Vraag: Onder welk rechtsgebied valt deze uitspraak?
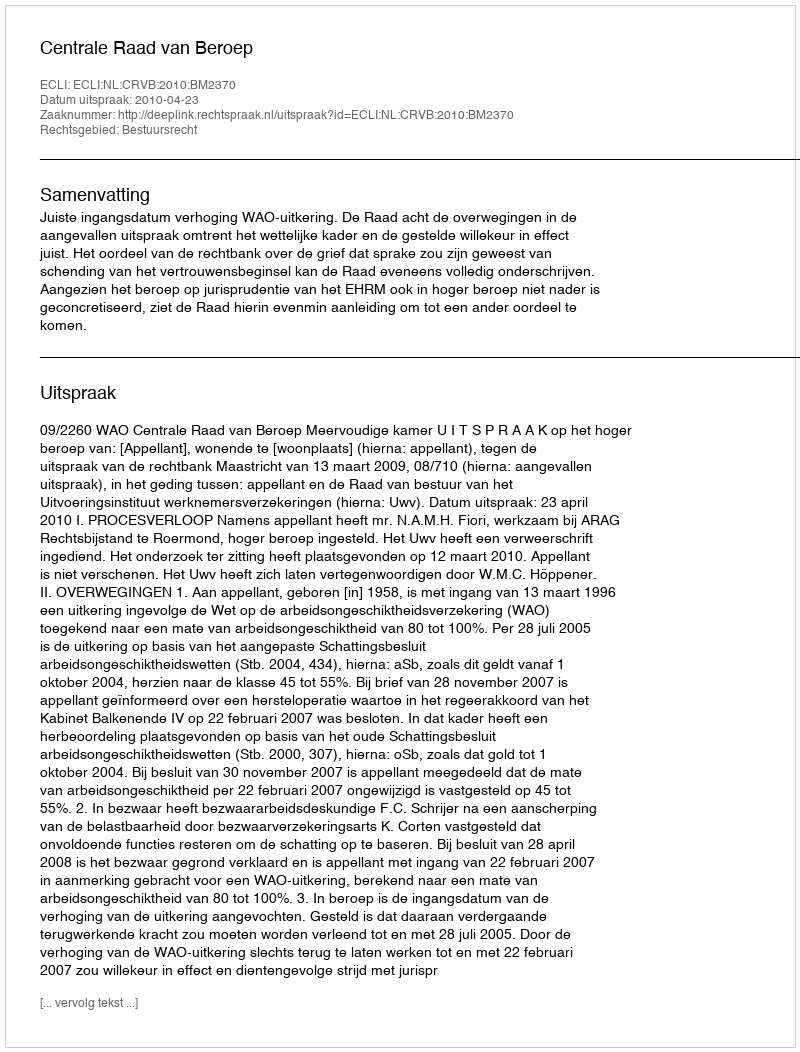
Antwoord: Bestuursrecht